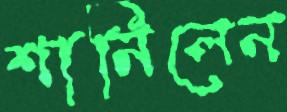
শানিলেন